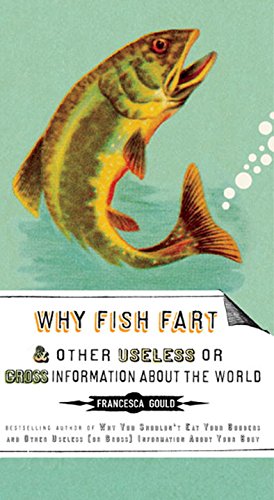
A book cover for Why Fish Fart and Other Useless Or Gross Information About the World; Francesca Gould; Humor & Entertainment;